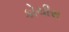
કોચીસ